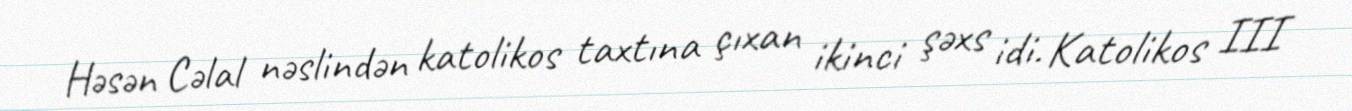
Həsən Cəlal nəslindən katolikos taxtına çıxan ikinci şəxs idi. Katolikos III